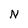
Character: N